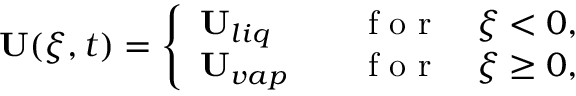
\mathbf { U } ( \xi , t ) = \left\{ \begin{array} { l l } { \mathbf { U } _ { l i q } \quad } & { \mathrm { ~ f ~ o ~ r ~ } \quad \xi < 0 , } \\ { \mathbf { U } _ { v a p } \quad } & { \mathrm { ~ f ~ o ~ r ~ } \quad \xi \ge 0 , } \end{array} \right.